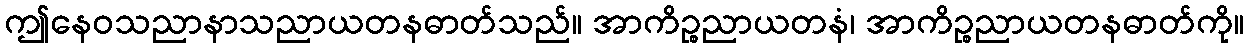
ဤနေဝသညာနာသညာယတနဓာတ်သည်။ အာကိဉ္စညာယတနံ၊ အာကိဉ္စညာယတနဓာတ်ကို။